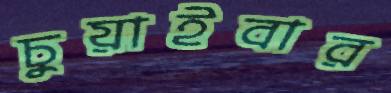
চুয়াইবার